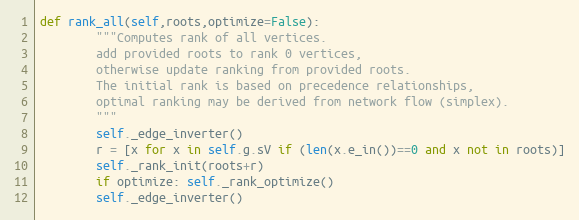
Language: Python
def rank_all(self,roots,optimize=False):
        """Computes rank of all vertices.
        add provided roots to rank 0 vertices,
        otherwise update ranking from provided roots.
        The initial rank is based on precedence relationships,
        optimal ranking may be derived from network flow (simplex).
        """
        self._edge_inverter()
        r = [x for x in self.g.sV if (len(x.e_in())==0 and x not in roots)]
        self._rank_init(roots+r)
        if optimize: self._rank_optimize()
        self._edge_inverter()